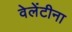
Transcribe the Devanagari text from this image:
वेलेंटीना